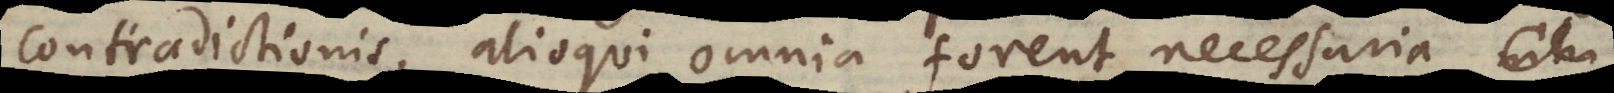
contradictionis, alioqui omnia forent necessaria,